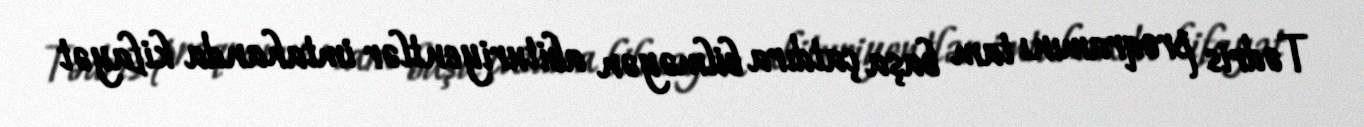
Tədris proqramını tam başa çatdıra bilməyən abituriyentlər imtahanda kifayət